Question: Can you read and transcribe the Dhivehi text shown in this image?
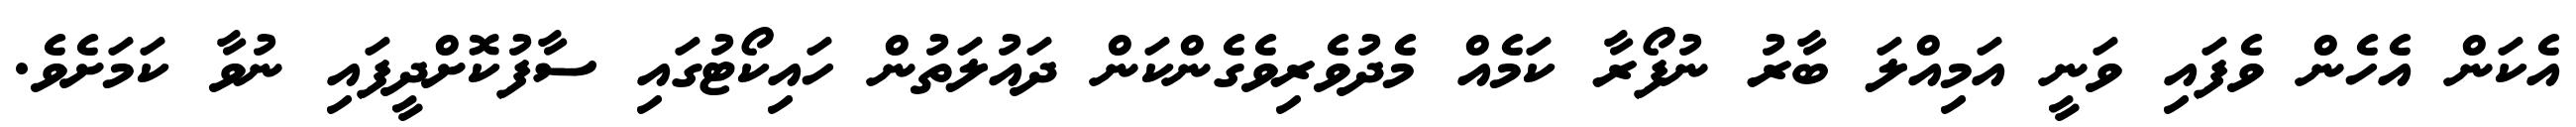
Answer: އެކަން އެހެން ވެފައި ވަނީ އަމިއްލަ ބާރު ނުފޯރާ ކަމެއް މެދުވެރިވެގެންކަން ދައުލަތުން ހައިކޯޓުގައި ސާފުކޮށްދީފައި ނުވާ ކަމަށެވެ.